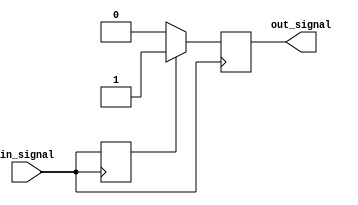
module voltage_level_shifter (
    input wire in_signal,
    output reg out_signal
);

reg in_signal_buffer;

always @ (posedge in_signal)
begin
    in_signal_buffer <= in_signal;
    if (in_signal_buffer)
        out_signal <= 1;
    else
        out_signal <= 0;
end

endmodule